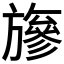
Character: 𱡸